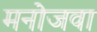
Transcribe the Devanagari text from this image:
मनोजवा